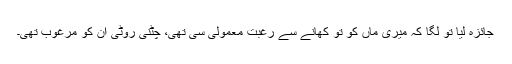
جائزہ لیا تو لگا کہ میری ماں کو تو کھانے سے رغبت معمولی سی تھی، چٹنی روٹی ان کو مرغوب تھی۔